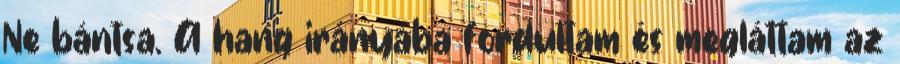
Ne bántsa. A hang irányába fordultam és megláttam az